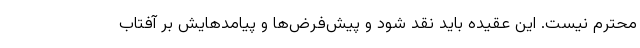
محترم نیست. این عقیده باید نقد شود و پیش‌فرض‌ها و پیامدهایش بر آفتاب